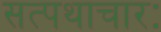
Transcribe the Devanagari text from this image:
सत्पथाचारः